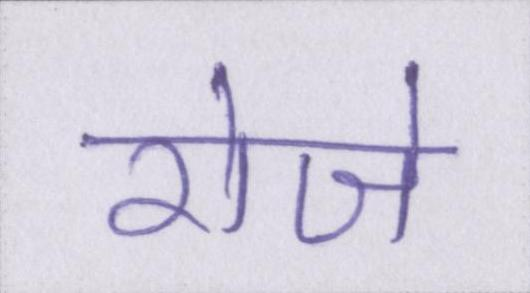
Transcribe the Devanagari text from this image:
रोजे